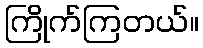
ကြိုက်ကြတယ်။